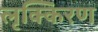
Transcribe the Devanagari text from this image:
लृक्किरण